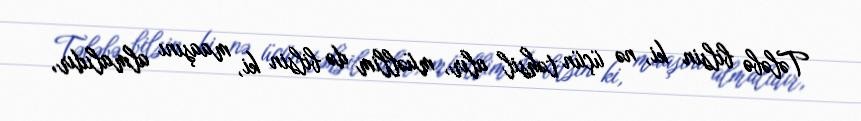
Tələbə bilsin ki, nə üçün təhsil alır, müəllim də bilsin ki, maaşını almalıdır,